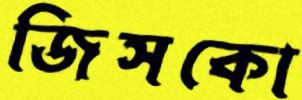
জিসকো